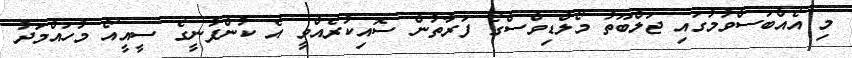
މި އެއްބަސްވުމުގައި ޖަލްބޫތު މޯލްޑިވްސްގެ ފަރާތުން ސޮއިކުރެއްވީ އެ ކުންފުނީގެ ސީއީއޯ މުހައްމަދު